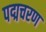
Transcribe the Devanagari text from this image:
पद्मचरण